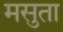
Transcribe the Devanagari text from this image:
मसुता